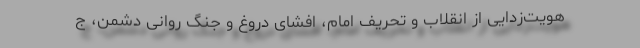
هویت‌زدایی از انقلاب و تحریف امام، افشای دروغ و جنگ روانی دشمن، ج